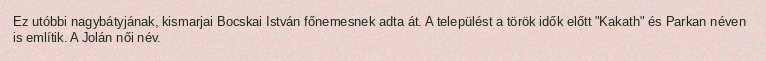
Ez utóbbi nagybátyjának, kismarjai Bocskai István főnemesnek adta át. A települést a török idők előtt "Kakath" és Parkan néven is említik. A Jolán női név.